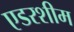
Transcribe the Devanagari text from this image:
एडरशीम